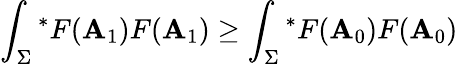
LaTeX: \int_{\Sigma}{^\ast}F(\mathbf{A}_{1})F(\mathbf{A}_{1})\geq\int_{\Sigma}{^\ast}F(\mathbf{A}_{0})F(\mathbf{A}_{0})